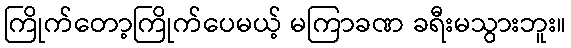
ကြိုက်တော့ကြိုက်ပေမယ့် မကြာခဏ ခရီးမသွားဘူး။